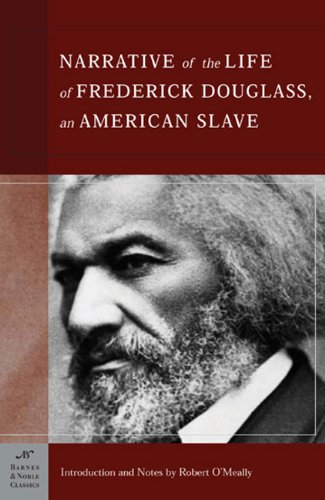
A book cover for Narrative of the Life of Frederick Douglass, an American Slave (Barnes & Noble Classics); Frederick Douglass; Literature & Fiction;